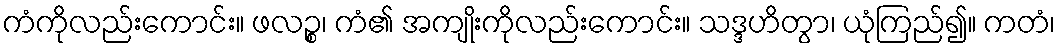
ကံကိုလည်းကောင်း။ ဖလဉ္စ၊ ကံ၏ အကျိုးကိုလည်းကောင်း။ သဒ္ဒဟိတွာ၊ ယုံကြည်၍။ ကတံ၊